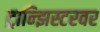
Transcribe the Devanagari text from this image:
ट्रान्झिस्टरवर